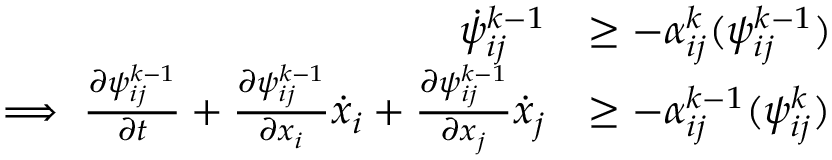
\begin{array} { r l } { \dot { \psi } _ { i j } ^ { k - 1 } } & { \geq - \alpha _ { i j } ^ { k } ( \psi _ { i j } ^ { k - 1 } ) } \\ { \implies \frac { \partial \psi _ { i j } ^ { k - 1 } } { \partial t } + \frac { \partial \psi _ { i j } ^ { k - 1 } } { \partial x _ { i } } \dot { x } _ { i } + \frac { \partial \psi _ { i j } ^ { k - 1 } } { \partial x _ { j } } \dot { x } _ { j } } & { \geq - \alpha _ { i j } ^ { k - 1 } ( \psi _ { i j } ^ { k } ) } \end{array}